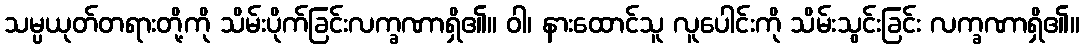
သမ္ပယုတ်တရားတို့ကို သိမ်းပိုက်ခြင်းလက္ခဏာရှိ၏။ ဝါ၊ နားထောင်သူ လူပေါင်းကို သိမ်းသွင်းခြင်း လက္ခဏာရှိ၏။